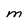
Character: M